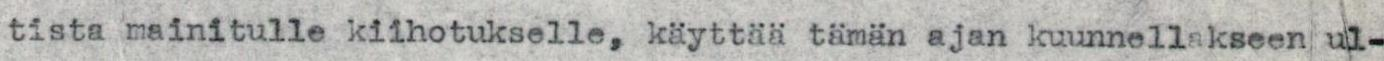
tista mainitulle kiihotukselle, käyttää tämän ajan kuunnellakseen ul-